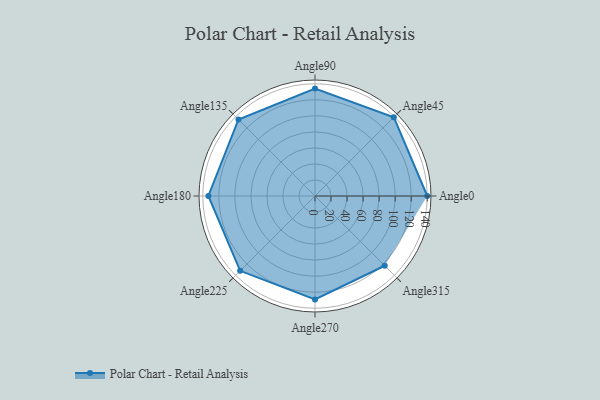
{"axis": {"x": "Angle", "y": "Radius"}, "legend": [""], "data": [{"x": "Angle0", "y": 140.0, "type": ""}, {"x": "Angle45", "y": 139.0, "type": ""}, {"x": "Angle90", "y": 134.0, "type": ""}, {"x": "Angle135", "y": 135.0, "type": ""}, {"x": "Angle180", "y": 133.0, "type": ""}, {"x": "Angle225", "y": 132.0, "type": ""}, {"x": "Angle270", "y": 129.0, "type": ""}, {"x": "Angle315", "y": 123.0, "type": ""}]}